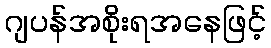
ဂျပန်အစိုးရအနေဖြင့်